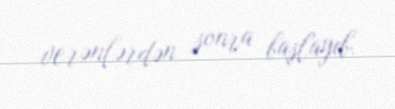
verənlərdən sonra başlayıb.